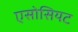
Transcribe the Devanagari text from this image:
एसोसियट